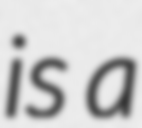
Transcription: is a